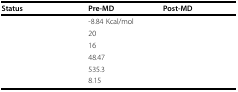
<table><thead><tr><td><b>Status</b></td><td><b>Pre-MD</b></td><td><b>Post-MD</b></td></tr></thead><tbody><tr><td>[EMPTY_CELL]</td><td>-8.84 Kcal/mol</td><td>[EMPTY_CELL]</td></tr><tr><td>[EMPTY_CELL]</td><td>20</td><td>[EMPTY_CELL]</td></tr><tr><td>[EMPTY_CELL]</td><td>16</td><td>[EMPTY_CELL]</td></tr><tr><td>[EMPTY_CELL]</td><td>48.47</td><td>[EMPTY_CELL]</td></tr><tr><td>[EMPTY_CELL]</td><td>535.3</td><td>[EMPTY_CELL]</td></tr><tr><td>[EMPTY_CELL]</td><td>8.15</td><td>[EMPTY_CELL]</td></tr></tbody></table>